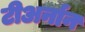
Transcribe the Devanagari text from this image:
टीअर्नान